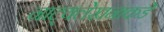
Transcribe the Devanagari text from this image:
नाट्यलेखनाकडे